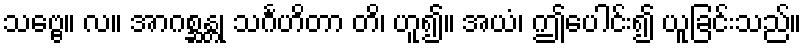
သဗ္ဗေ။ လ။ အာဂစ္ဆန္တု သင်္ဂဟိတာ တိ၊ ဟူ၍။ အယံ၊ ဤပေါင်း၍ ယူခြင်းသည်။